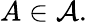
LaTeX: A\in{\mathcal{A}}.